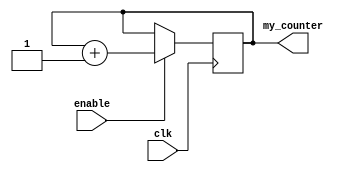
/************************************************
  The Verilog HDL code example is from the book
  Computer Principles and Design in Verilog HDL
  by Yamin Li, published by A JOHN WILEY & SONS
************************************************/
module time_counter_verilog (enable, clk, my_counter);  // a counter example
    input        enable;                                // input,  1 bit
    input        clk;                                   // input,  1 bit
    output [3:0] my_counter;                            // output, 4 bits
    reg    [3:0] my_counter = 0;                        // register type
    always @ (posedge clk) begin                        // positive edge 
        if (enable)                                     // if (enable == 1)
            my_counter <= my_counter + 4'h1;            //     my_counter++
    end
endmodule